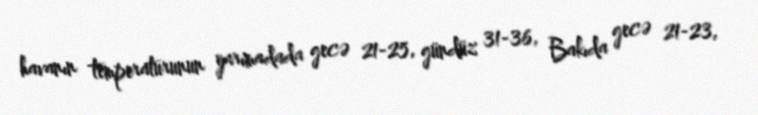
havanın temperaturunun yarımadada gecə 21-25, gündüz 31-36, Bakıda gecə 21-23,